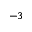
^ { - 3 }